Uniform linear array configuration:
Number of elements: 48
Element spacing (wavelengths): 0.5
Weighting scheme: exponential
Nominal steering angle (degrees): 60
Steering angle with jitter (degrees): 58.69
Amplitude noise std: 0.05
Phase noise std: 0.05

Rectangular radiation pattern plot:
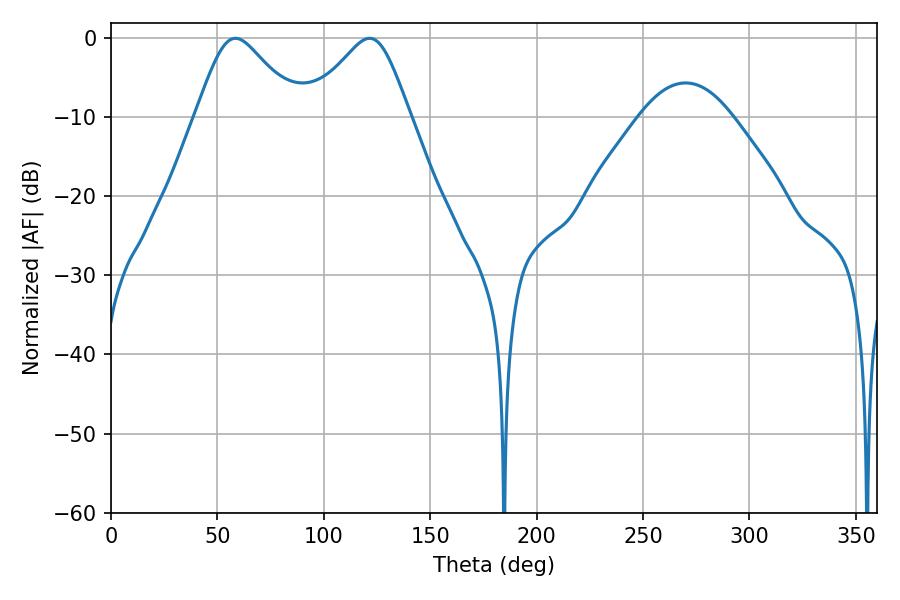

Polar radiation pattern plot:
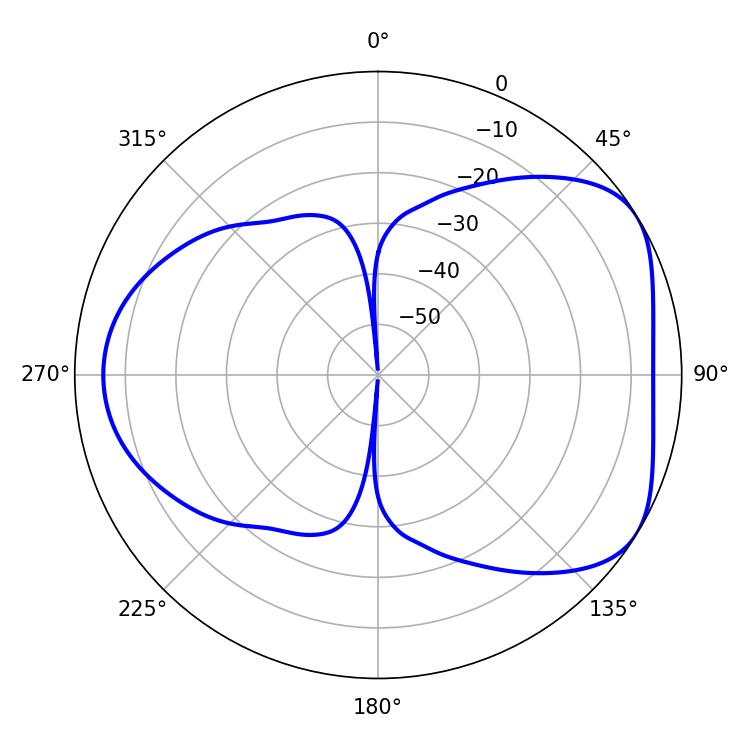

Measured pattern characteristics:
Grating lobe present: FALSE
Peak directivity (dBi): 4.87
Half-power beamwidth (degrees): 23.4
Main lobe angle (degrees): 58.5